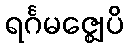
ရင်္ဂမဇ္ဈေပိ